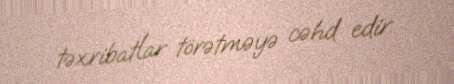
təxribatlar törətməyə cəhd edir.